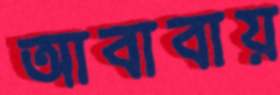
আবাবায়